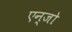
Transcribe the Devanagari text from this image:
एन्जो